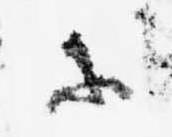
等